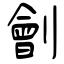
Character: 劊